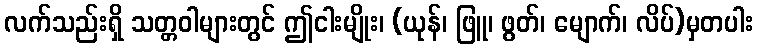
လက်သည်းရှိ သတ္တဝါများတွင် ဤငါးမျိုး၊ (ယုန်၊ ဖြူ၊ ဖွတ်၊ မျောက်၊ လိပ်)မှတပါး